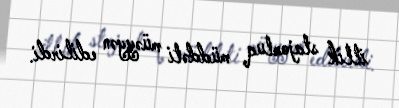
illik stajorluq müddəti müəyyən edilirdi.